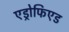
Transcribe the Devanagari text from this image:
एड्रोफिएड